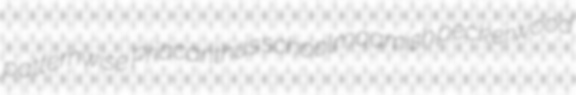
patternwise Priacanthus schoolmaamish peckerwood